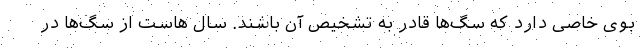
بوی خاصی دارد که سگ‌ها قادر به تشخیص آن باشند. سال هاست از سگ‌ها در